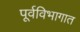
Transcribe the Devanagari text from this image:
पूर्वविभागात